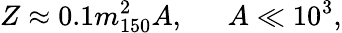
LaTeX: Z\approx 0.1m_{150}^{2}A,~~~~~~A\ll 10^{3},